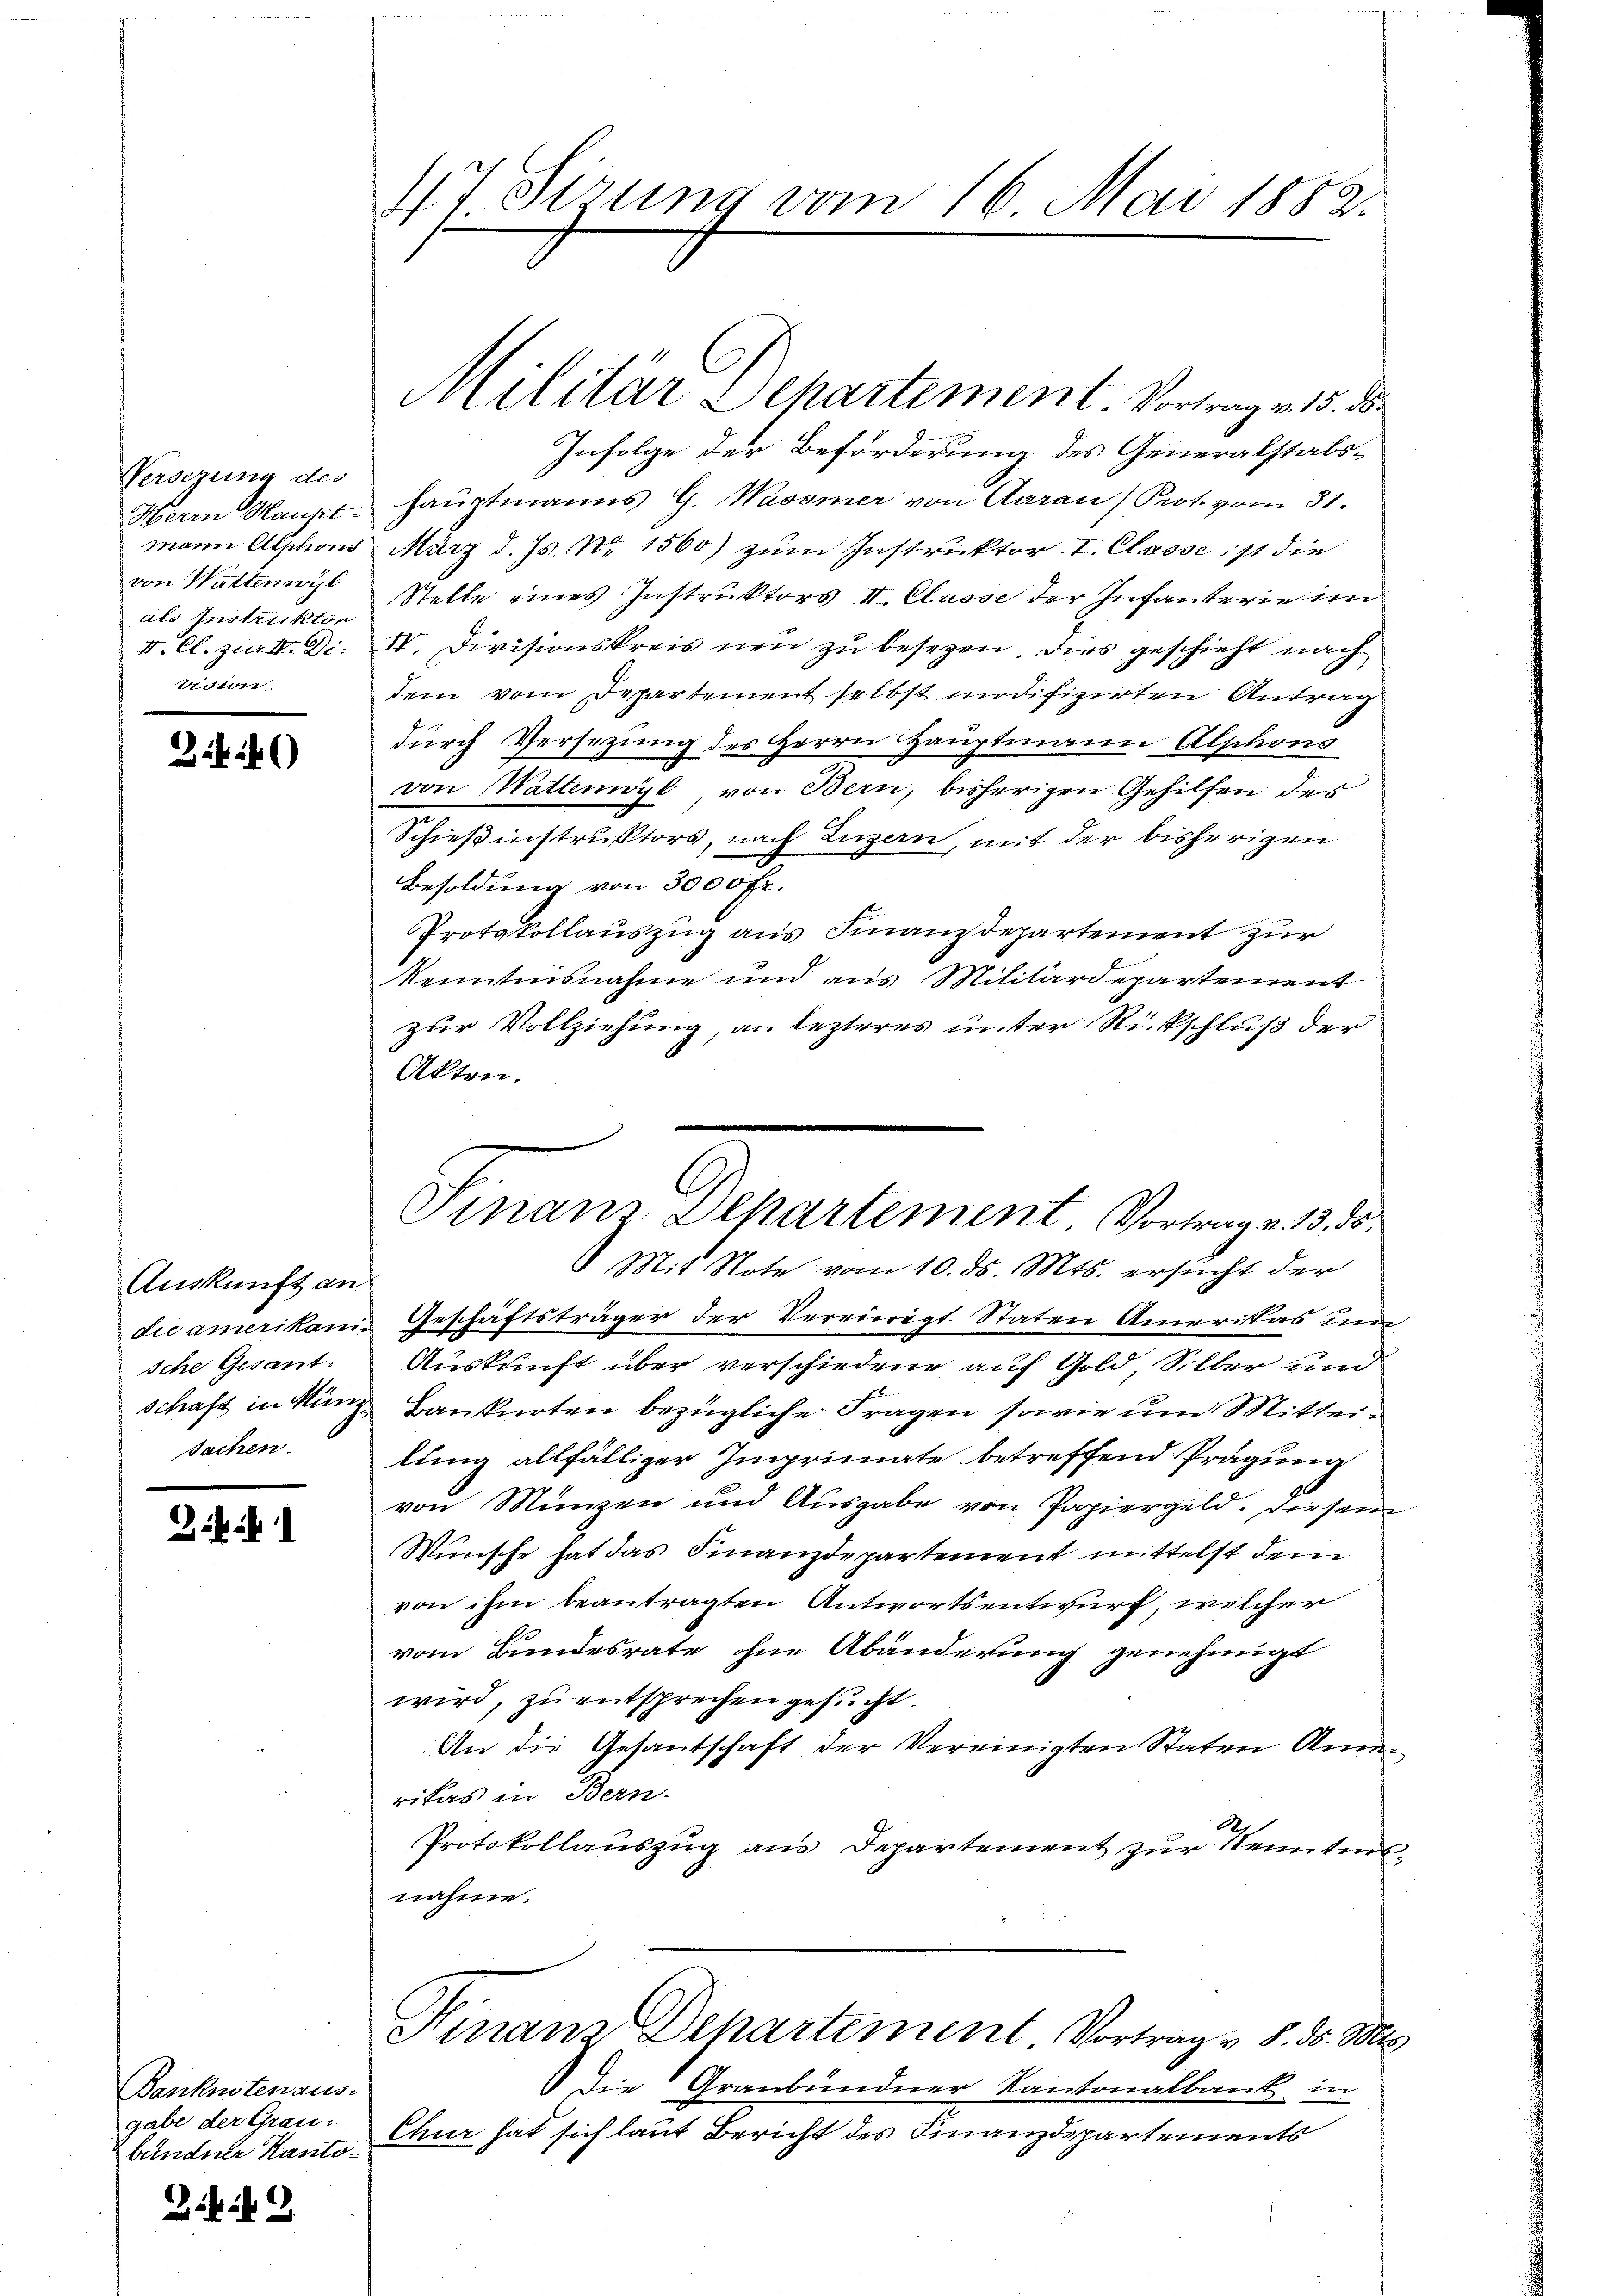
Versezung des
Herrn Hauptmann Alphons
von Wattenwyl
als Instruktor
II. Cl. Ziel. Di
Vidion

Ziff

Auskunft an
sche Gesant.
schaft in Münz¬
Sachen.

Banknotenaus-
gabe der Grau-
bündner Kanto¬

G. in

17 derung vom 16. Mai 1882.

Infolge der Beförderung des Generalstalshaŭptmanns G. Wasser von Aarau Prot. vom 31.
März d. Js. Nr. 1560) zŭm Instruktor I. Classest die
Stelle eines Instruktors II. Classe der Infanterie im
IV. Divisionskreis neu zu besezen, dies geschieht nach
dem vom Departement selbst modifizirten Antrag
durch Versetzung des Herrn Hauptmann Alphons
von Wattemöyl von Bern, bisherigen Gehilfen des
Schießinstruktors, nach Luzern, mit der bisherigen
Besoldung von 3000 fr.
Protokollauszug aus Finanzdepartement zur
Kenntnisnahme und aus Militärdepartement
zur Vollziehung, an lezteres unter Rückschluß der
Akten.
Mit Note vom 10. ds. Mts. ersucht der
die amerikam Geschäftsträger der Vereinigt. Stater Ameristas um
Auskunft über verschiedene auf Gold, Silber und
Banknoten bezügliche Fragen, sowie um Mitterlung allfälliger Imprimate betreffend Prägung
von Münzen und Ausgabe von Papiergeld. Diesem
Wünsche hat das Finanzdepartement mittelst dem
von ihm beantragten Antwortsentwurf, welcher
vom Bundesrate ohne Abänderung genehmigt
wird, zu entsprechen gesucht.
An die Gesantschaft der Vereinigten Staten Amen
rikas in Bern.
R.
Protokollauszug aus Departement zur Kenntnisnahme.
Hinam Departement Vortrag v. 8. d. Mts.
Die Graubündner Kantonalbank in
Chur hat sich laut Bericht des Finanzdepartements

Militär Departement. Vortrag v. 15. d.

Finanz-Departement. Vortrag v. 13. ds.